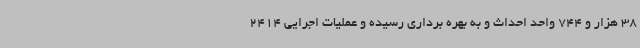
38 هزار و 744 واحد احداث و به بهره برداری رسیده و عملیات اجرایی 2414